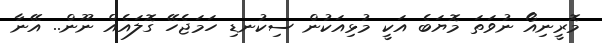
މޮރީނިއޯ ނުވަތަ މޮޔަބެ އަކީ މުޅިއަކުން ސިކުނޑި ހަމަޖެހޭ ގޮލައެއް ނޫން.. އޭނާ